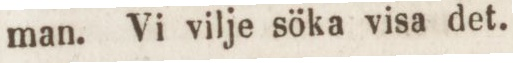
man. Vi vilje söka visa det.